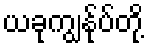
ယခုကျွန်ုပ်တို့